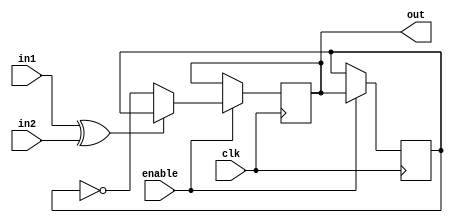
module xor_delay(
    input wire in1,
    input wire in2,
    output reg out,
    input wire enable,
    input wire clk
);

// Internal signal to store previous value of out
reg prev_out;

// Delay timing control and synchronization logic
always @(posedge clk) begin
    if (enable) begin
        prev_out <= out;
    end
end

// XOR gate operation with delay
always @(posedge clk) begin
    if (enable) begin
        if (in1 ^ in2) begin
            out <= prev_out;
        end else begin
            out <= ~prev_out;
        end
    end
end

endmodule